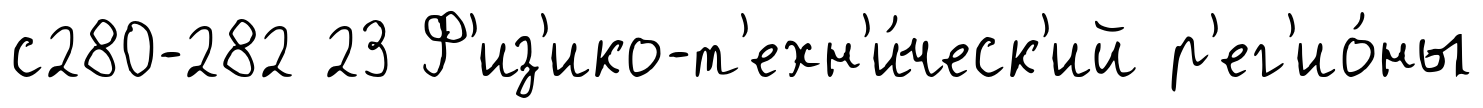
с280-282 23 Ф'из'ико-т'ехн'и́ческ'ий р'ег'ио́ны